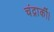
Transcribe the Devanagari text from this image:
चंद्रार्की।